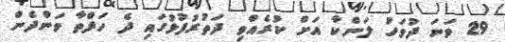
29 ވަނަ ދުވަހު ލަންކާ އަށް ކުރެއްވި ދަތުރުފުޅުގައި ދެ ހަފްތާ ވަންދެން